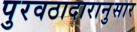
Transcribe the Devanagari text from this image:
पुरवठादारानुसार